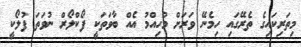
މިތަރިކައިގެ ތެރޭގައި ހިމެނޭ ވަރަށް މުހިއްމު އެއް ބާވަތަކީ ފޯކްލޯރް ނުވަތަ ފުލޯކީ